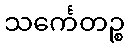
သင်္ကေတဉ္စ